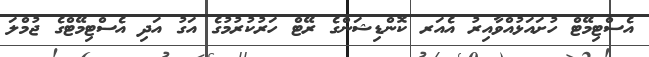
އެސްޓިމޭޓް ހުށައަޅުއްވާއިރު އެއަރ ކޮންޑިޝަންގެ ރޭޓް ހަރުކުރުމުގެ އަގު އަދި އެސްޓިމޭޓްގެ ޖުމްލަ